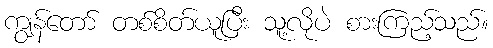
ကျွန်တော် တစ်စိတ်ယူပြီး သူ့လိုပဲ စားကြည့်သည်။